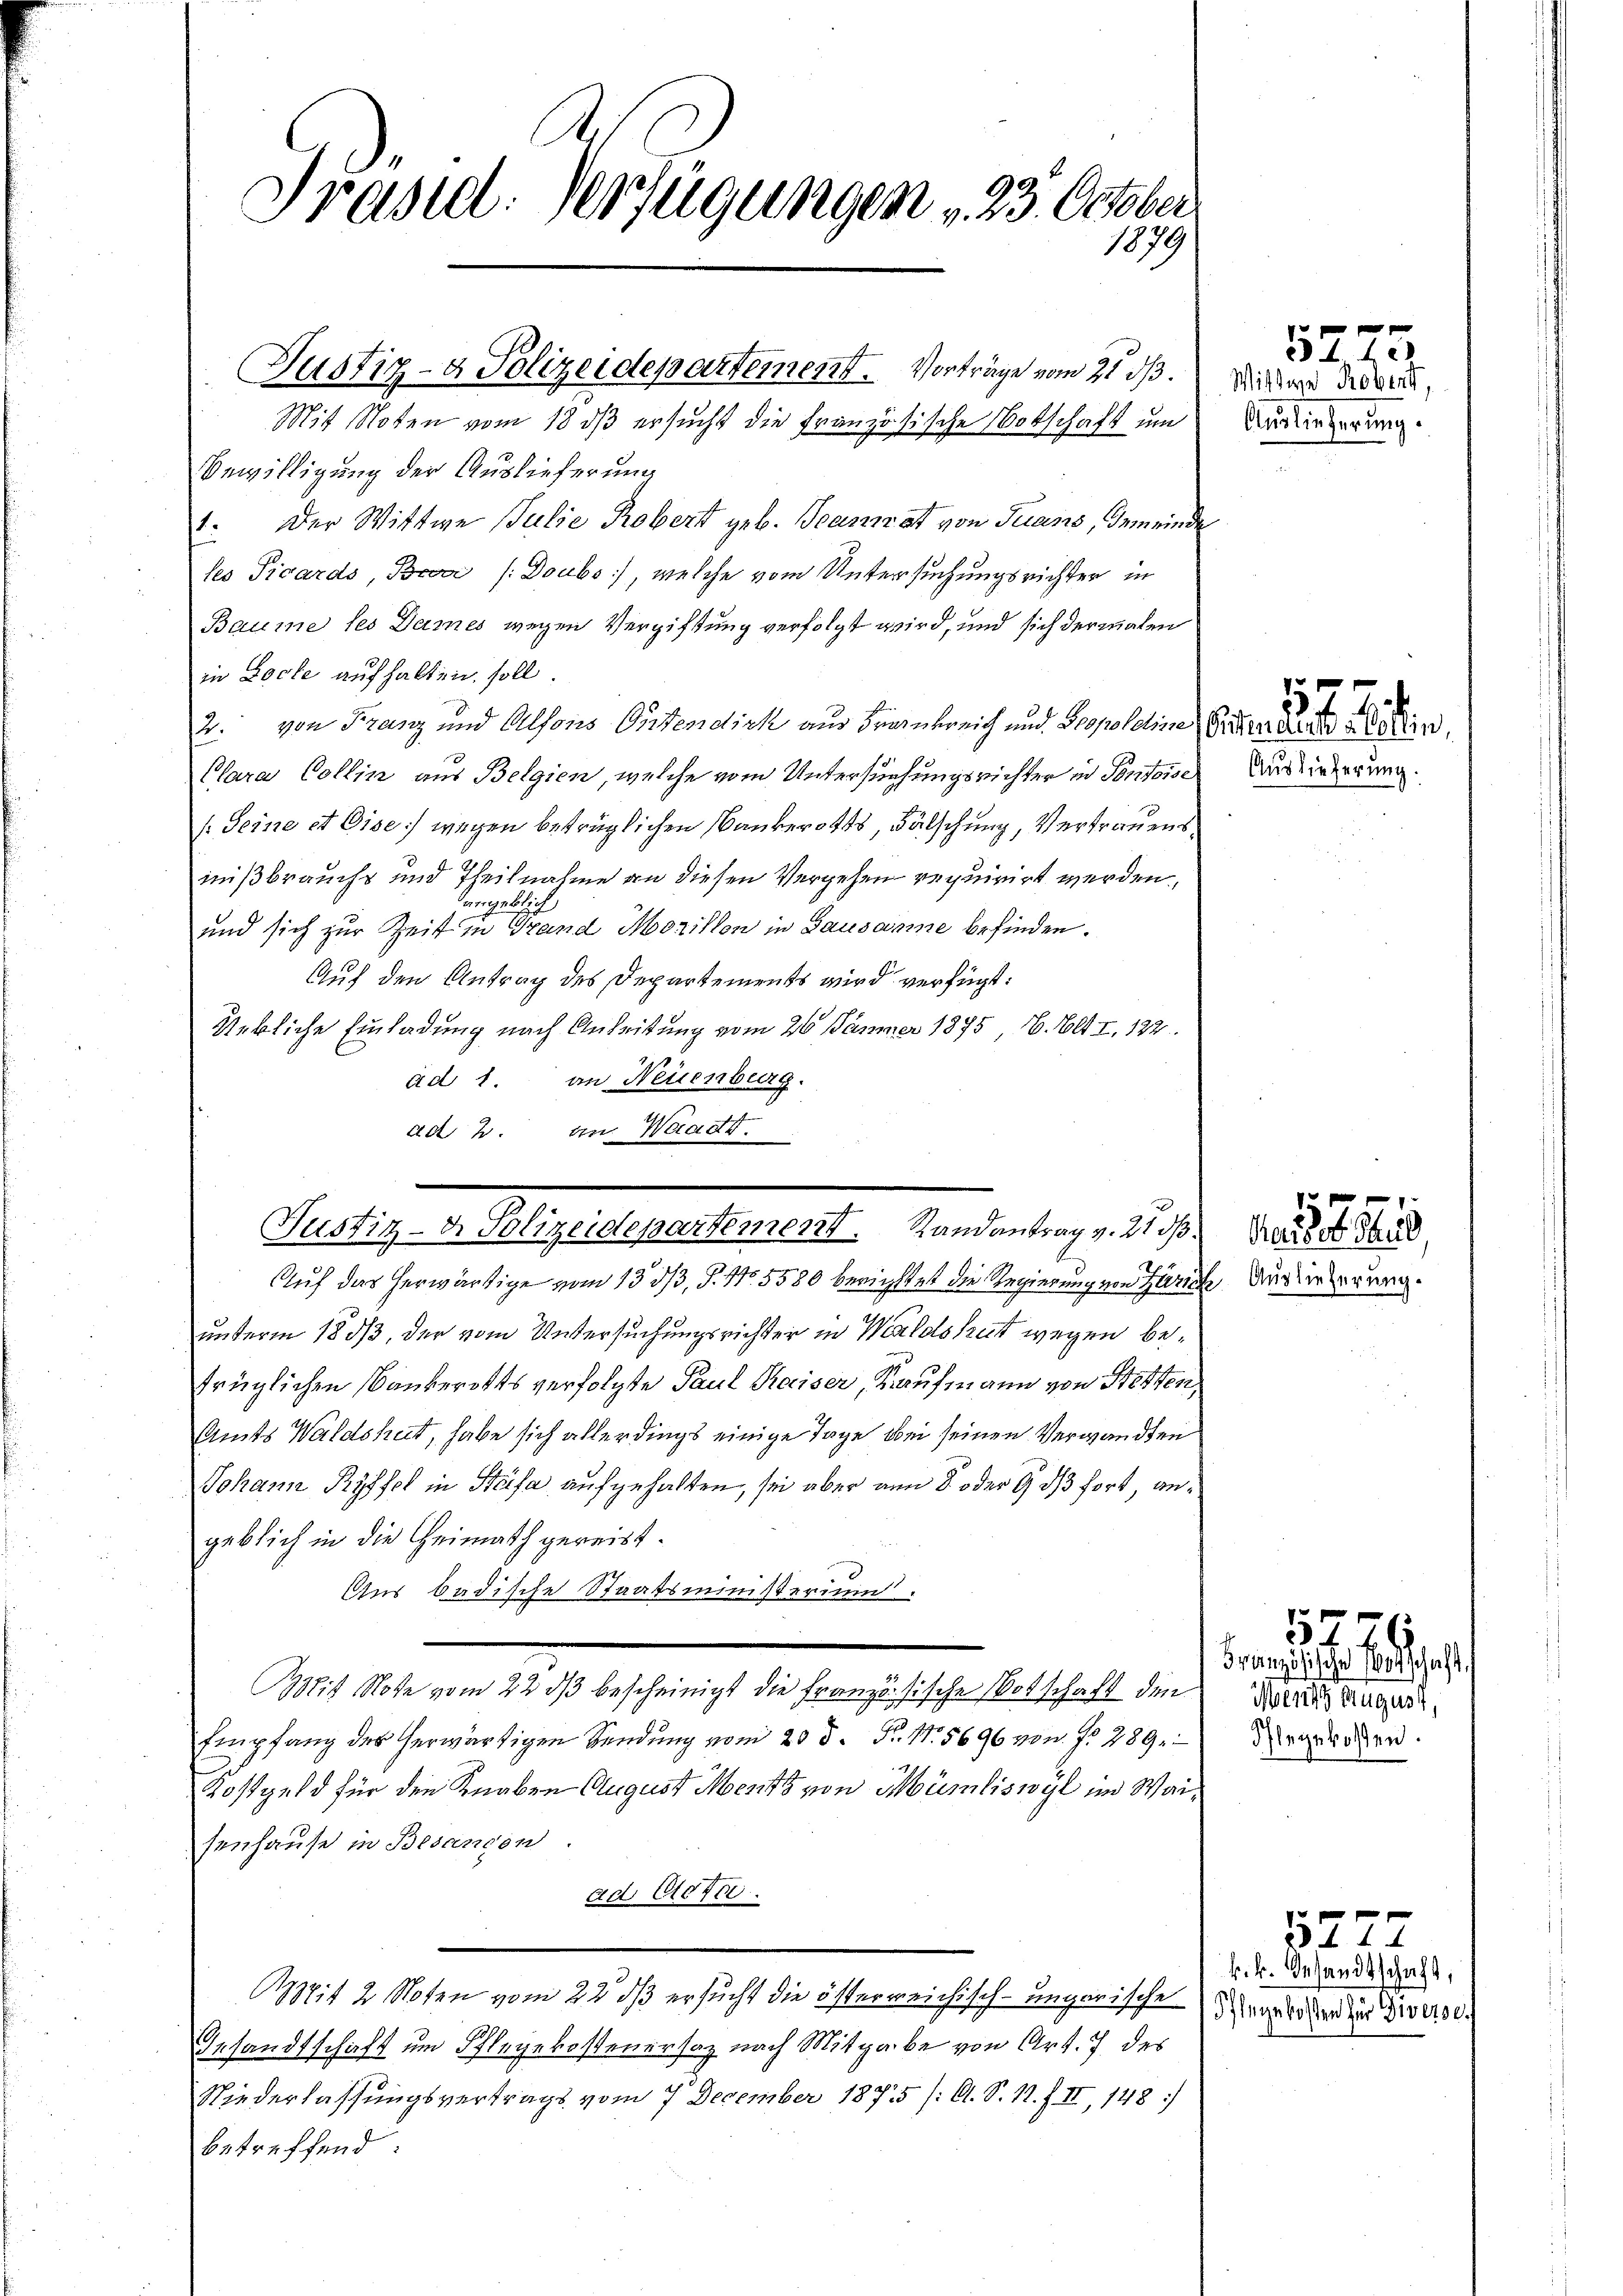
A
Präsid. Verfügungen v. 23. October
1079

Mit Noten vom 18. dβ ersucht die Französische Botschaft um
Bewilligung der Auslieferung
Der Wittwe Julie Robert geb. Teamrat von Trans, Gemeinde
les Picards, Beca (Doubs), welche vom Untersuchungsrichter in
Baume les Dames wegen Vergiftung verfolgt wird, und sich dermalen
in Loche aufhalten soll
2. von Franz und Alsons Ortendick aus Frankreich und Propositine Ehre alten,
Clara Collin aus Belgien, welche vom Untersuchungsrichter in Pontoise
Seine et Dise wegen betrüglichen Bankerotts, Fälschung, Vertrauensnißbrauchs und Theilnahme an diesen Vergehen requirirt werden,
vngeblich
und sich zur Zeit in Grand Morillon in Lausanne befinden.
Auf den Antrag des Departements wird verfügt:
Uebliche Einladung nach Anleitung vom 26 Dämmer 1895, 6. Blt. I. 122.
ad 1. an Neuenburg.
ad 2. an Waadt.

Justiz- & Polizeidepartement. Vorträge vom 21. ds.

Justiz- & Polizeidepartement. Randantrag v. 21 d

Auf das herwärtige vom 13. 33, S. Nr. 5580 berichtet die Regierung von Zürich Außerterung.
unterm 18. ds, der vom Untersuchungsrichter in Waldshut wegen befrüglichen Bankerotts verfolgte Paul Kaiser, Kaufmann von Stetten,
Amts Waldshut, habe sich allerdings einige Tage bei seinen Verwandten
Johann Ryffel in Steife aufgehalten, sei aber von 8 oder 9 dß fort, angeblich in die Heimath gereist.
Aus badische Staatsministerium.
Mit Note vom 22. dβ bescheinigt die französische Botschaft den
Empfang des herwärtigen Sendung vom 20. d. P. Nr. 5696 von No 289
Kostgeld für den Knaben August Meritz von Mumliswyl im Waisenhause in Besanden.
Ad 11075
Mit 2 Noten vom 22 dß ersucht die österreichisch-ungarischengeladen zu derse
Gesandtschaft um Pflegekostenersatz nach Mitgabe von Art. 7 des
Niederlassungsvertrags vom 7. December 1875 /: A. S. 11. f. II, 148:
betreffend

5275.
Mittwe Robert,
Auslieferung.

1
Auslieferung.

2

527
Französische Wortschaft,

Ihlegekosten.

k. k. Gesandtschaft,

5272